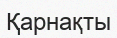
Қарнақты